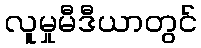
လူမှုမီဒီယာတွင်